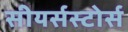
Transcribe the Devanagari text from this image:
सीयर्सस्‍टोर्स